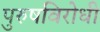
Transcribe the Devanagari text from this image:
पुरुषविरोधी